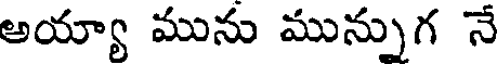
అయ్యా మును మున్నుగ నే